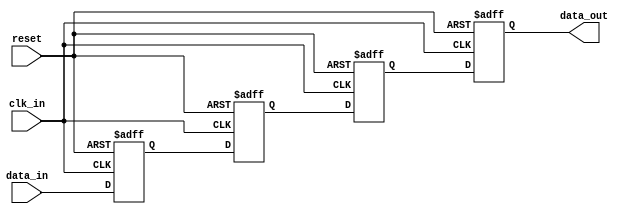
module four_flop_synchronizer (
    input wire clk_in,
    input wire reset,
    input wire data_in,
    output reg data_out
);

reg [3:0] flop [0:3];

always @ (posedge clk_in or posedge reset) begin
    if (reset) begin
        flop[0] <= 1'b0;
        flop[1] <= 1'b0;
        flop[2] <= 1'b0;
        flop[3] <= 1'b0;
    end else begin
        flop[0] <= data_in;
        flop[1] <= flop[0];
        flop[2] <= flop[1];
        flop[3] <= flop[2];
    end
end

assign data_out = flop[3];

endmodule